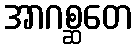
အာဂစ္ဆတေ